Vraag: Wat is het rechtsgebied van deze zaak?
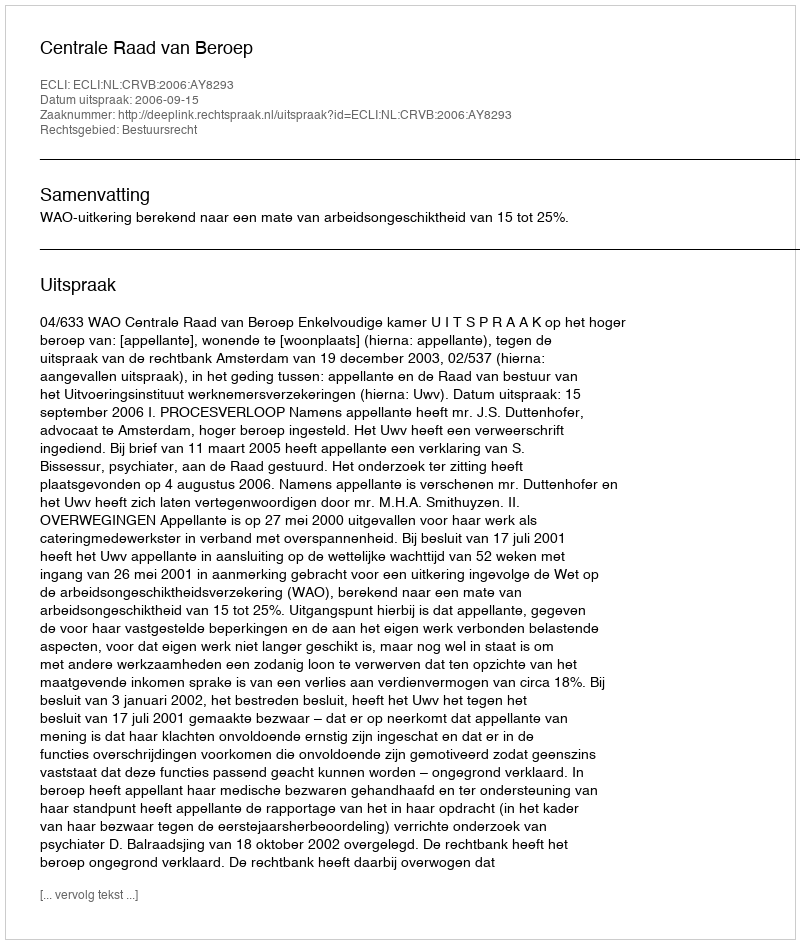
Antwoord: Bestuursrecht